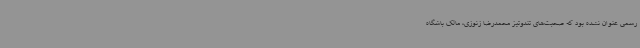
رسمی عنوان نشده بود که صحبت‌های تندوتیز محمدرضا زنوزی، مالک باشگاه